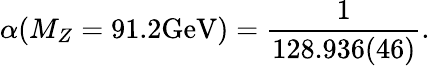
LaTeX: \alpha(M_{Z}=91.2\mathrm{GeV})=\frac 1{128.936(46)}.